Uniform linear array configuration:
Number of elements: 4
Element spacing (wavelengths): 0.5
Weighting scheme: hann
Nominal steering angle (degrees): -45
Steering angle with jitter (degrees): -44.801
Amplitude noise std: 0.05
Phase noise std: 0.05

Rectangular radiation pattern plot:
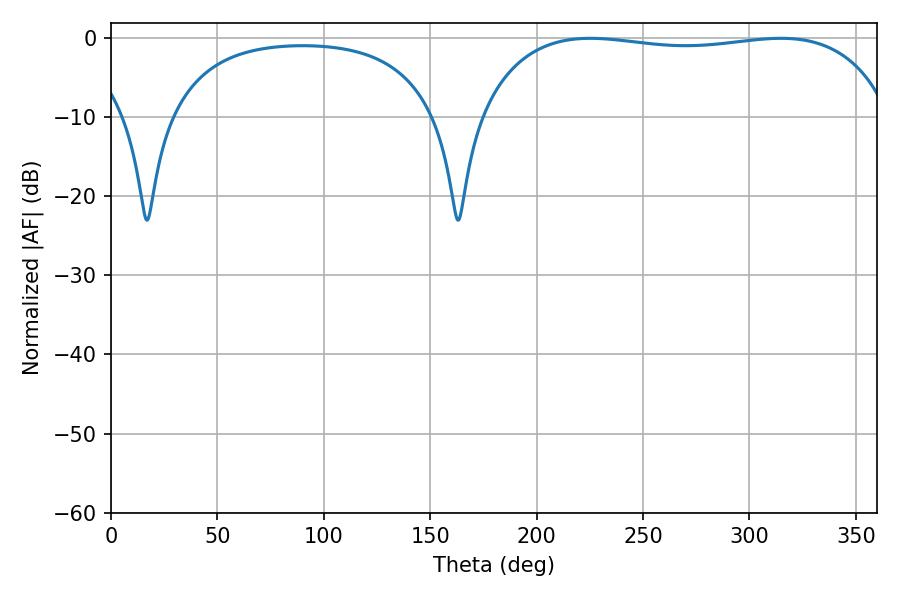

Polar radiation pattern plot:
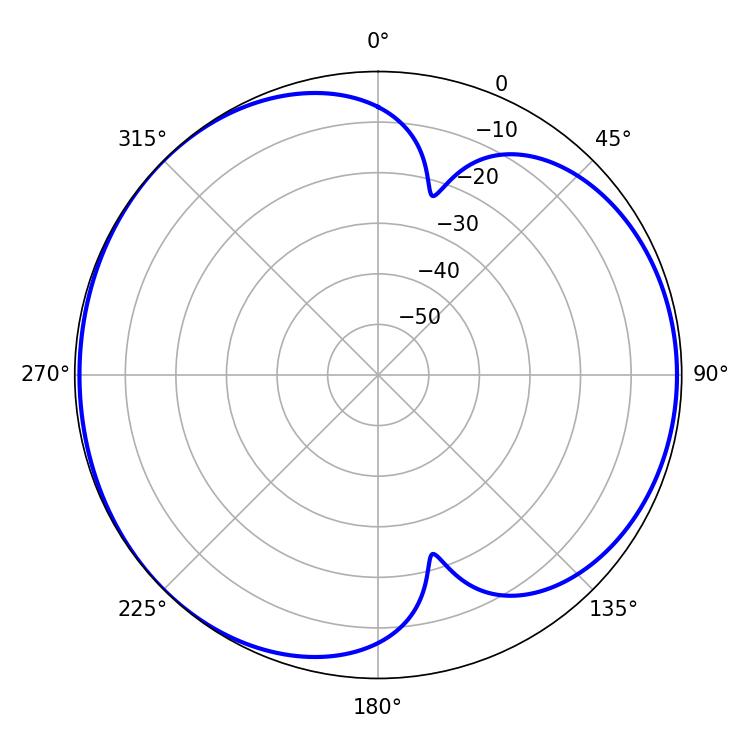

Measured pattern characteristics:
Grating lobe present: FALSE
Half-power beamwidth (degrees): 155.88
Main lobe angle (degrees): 225.18